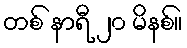
တစ် နာရီ ၂၀ မိနစ်။